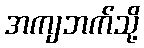
အကျဘက်သို့